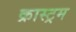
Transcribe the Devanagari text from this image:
क्रास्ट्रम